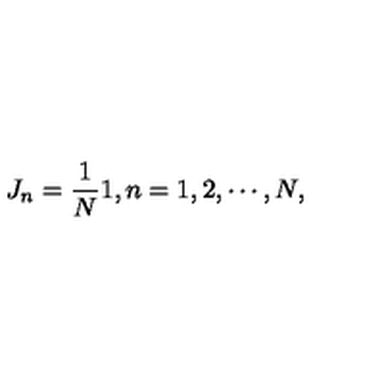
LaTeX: J _ { n } = \frac { 1 } { N } \mathrm { \boldmath 1 } , n = 1 , 2 , \cdots , N ,